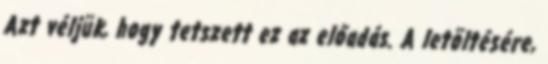
Azt véljük, hogy tetszett ez az előadás. A letöltésére,